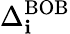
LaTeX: \Delta_{\mathbf{i}}^{\mathrm{{BOB}}}